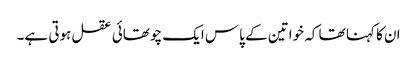
ان کا کہنا تھا کہ خواتین کے پاس ایک چوتھائی عقل ہوتی ہے۔